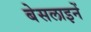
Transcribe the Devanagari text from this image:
बेसलाइनें